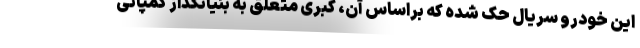
این خودرو سریال حک شده که براساس آن، کبری متعلق به بنیانگذاز کمپانی